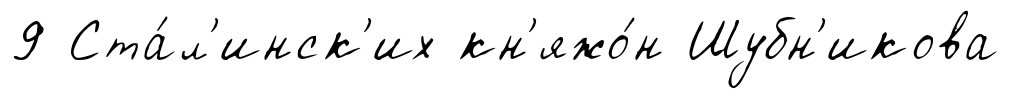
9 Ста́л'инск'их кн'яжо́н Шубн'икова